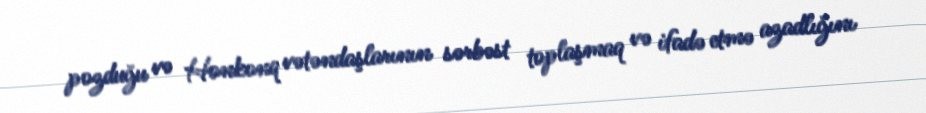
pozduğu və Honkonq vətəndaşlarının sərbəst toplaşmaq və ifadə etmə azadlığını